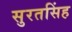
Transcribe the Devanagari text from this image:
सुरतसिंह